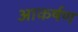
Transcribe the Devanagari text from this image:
आकर्षण्‍ा